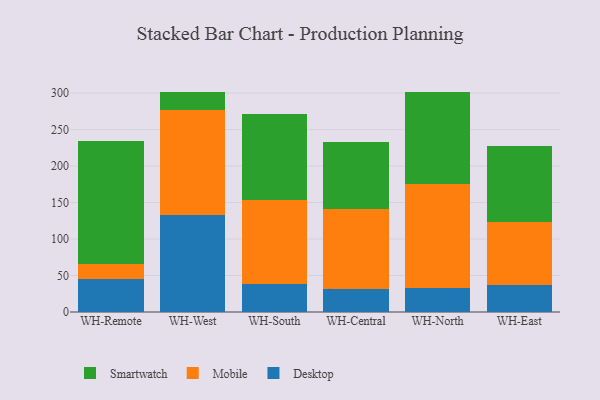
{"axis": {"x": "Warehouse", "y": "Demand Index"}, "legend": ["Desktop", "Mobile", "Smartwatch"], "data": [{"x": "WH-Remote", "y": 45.3, "type": "Desktop"}, {"x": "WH-Remote", "y": 20.5, "type": "Mobile"}, {"x": "WH-Remote", "y": 169.0, "type": "Smartwatch"}, {"x": "WH-West", "y": 133.2, "type": "Desktop"}, {"x": "WH-West", "y": 143.6, "type": "Mobile"}, {"x": "WH-West", "y": 24.6, "type": "Smartwatch"}, {"x": "WH-South", "y": 38.2, "type": "Desktop"}, {"x": "WH-South", "y": 114.9, "type": "Mobile"}, {"x": "WH-South", "y": 117.7, "type": "Smartwatch"}, {"x": "WH-Central", "y": 31.9, "type": "Desktop"}, {"x": "WH-Central", "y": 109.8, "type": "Mobile"}, {"x": "WH-Central", "y": 91.6, "type": "Smartwatch"}, {"x": "WH-North", "y": 33.5, "type": "Desktop"}, {"x": "WH-North", "y": 142.1, "type": "Mobile"}, {"x": "WH-North", "y": 126.5, "type": "Smartwatch"}, {"x": "WH-East", "y": 36.4, "type": "Desktop"}, {"x": "WH-East", "y": 86.6, "type": "Mobile"}, {"x": "WH-East", "y": 105.2, "type": "Smartwatch"}]}